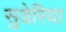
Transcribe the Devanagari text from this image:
सुडेरिया